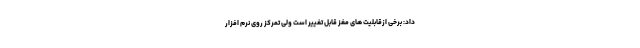
داد: برخی ازقابلیت های مغز قابل تغییر است ولی تمرکز روی نرم افزار